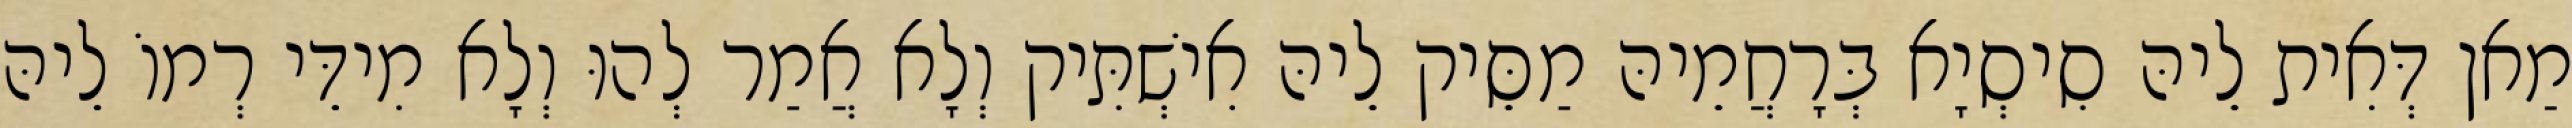
מַאן דְּאִית לֵיהּ סִיסְיָא בְּרָחֲמֵיהּ מַסֵּיק לֵיהּ אִישְׁתִּיק וְלָא אֲמַר לְהוּ וְלָא מִידֵּי רְמוֹ לֵיהּ